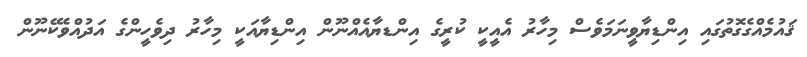
ޤައުމެއްގެގޮތުގައި އިންޑިޔާވީނަމަވެސް މިހާރު އެއީކީ ކުރީގެ އިންޑޔާއެއްނޫން އިންޑިޔާއަކީ މިހާރު ދިވެހީންގެ އަދުއްވެކޭނޫން